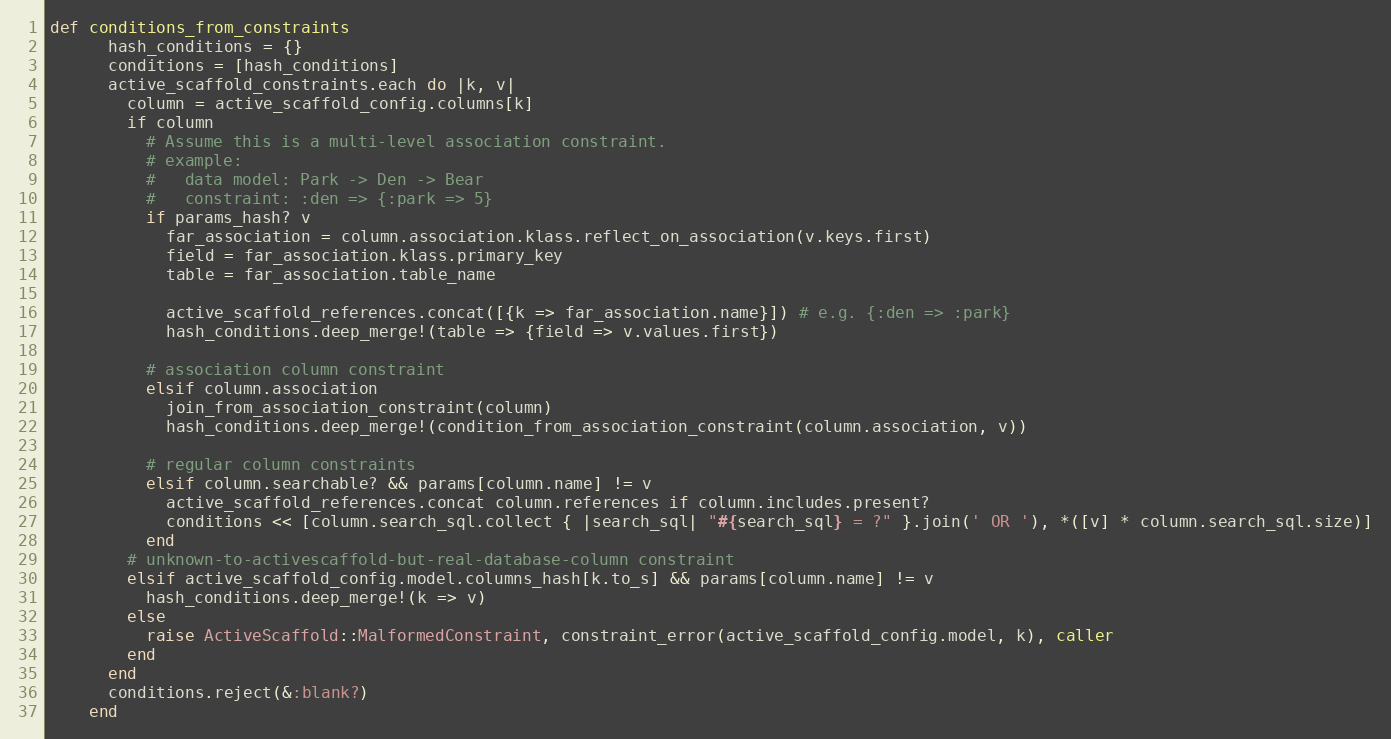
Language: Ruby
def conditions_from_constraints
      hash_conditions = {}
      conditions = [hash_conditions]
      active_scaffold_constraints.each do |k, v|
        column = active_scaffold_config.columns[k]
        if column
          # Assume this is a multi-level association constraint.
          # example:
          #   data model: Park -> Den -> Bear
          #   constraint: :den => {:park => 5}
          if params_hash? v
            far_association = column.association.klass.reflect_on_association(v.keys.first)
            field = far_association.klass.primary_key
            table = far_association.table_name

            active_scaffold_references.concat([{k => far_association.name}]) # e.g. {:den => :park}
            hash_conditions.deep_merge!(table => {field => v.values.first})

          # association column constraint
          elsif column.association
            join_from_association_constraint(column)
            hash_conditions.deep_merge!(condition_from_association_constraint(column.association, v))

          # regular column constraints
          elsif column.searchable? && params[column.name] != v
            active_scaffold_references.concat column.references if column.includes.present?
            conditions << [column.search_sql.collect { |search_sql| "#{search_sql} = ?" }.join(' OR '), *([v] * column.search_sql.size)]
          end
        # unknown-to-activescaffold-but-real-database-column constraint
        elsif active_scaffold_config.model.columns_hash[k.to_s] && params[column.name] != v
          hash_conditions.deep_merge!(k => v)
        else
          raise ActiveScaffold::MalformedConstraint, constraint_error(active_scaffold_config.model, k), caller
        end
      end
      conditions.reject(&:blank?)
    end